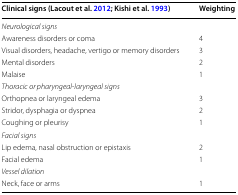
| Clinical signs (Lacout et al. 2012; Kishi et al. 1993) | Weighting |
 | --- | --- |
 | <COLSPAN=2> Neurological signs |
 | Awareness disorders or coma | 4 |
 | Visual disorders, headache, vertigo or memory disorders | 3 |
 | Mental disorders | 2 |
 | Malaise | 1 |
 | <COLSPAN=2> Thoracic or pharyngeal-laryngeal signs |
 | Orthopnea or laryngeal edema | 3 |
 | Stridor, dysphagia or dyspnea | 2 |
 | Coughing or pleurisy | 1 |
 | <COLSPAN=2> Facial signs |
 | Lip edema, nasal obstruction or epistaxis | 2 |
 | Facial edema | 1 |
 | <COLSPAN=2> Vessel dilation |
 | Neck, face or arms | 1 |